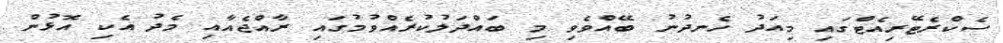
ސެކްރެޓޭރިއެޓްގައި މިއަދު ހެނދުނު ބޭއްވެވި މި ބައްދަލުކުރެއްވުމުގައި ރާއްޖެއާއި މެދު އެކި އޮޅުން